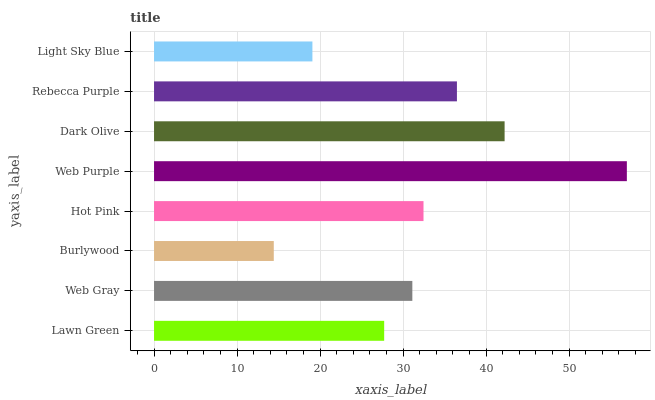
| yaxis_label | bars |
 | --- | --- |
 | Lawn Green | 27.7 |
 | Web Gray | 31.1 |
 | Burlywood | 14.4 |
 | Hot Pink | 32.5 |
 | Web Purple | 57 |
 | Dark Olive | 42.2 |
 | Rebecca Purple | 36.5 |
 | Light Sky Blue | 19.1 |